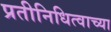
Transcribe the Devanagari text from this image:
प्रतीनिधित्वाच्या